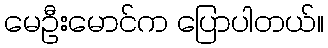
မေဦးမောင်က ပြောပါတယ်။